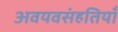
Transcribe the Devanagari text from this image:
अवयवसंहतियाँ